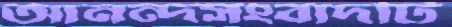
আনন্দসংবাদটি